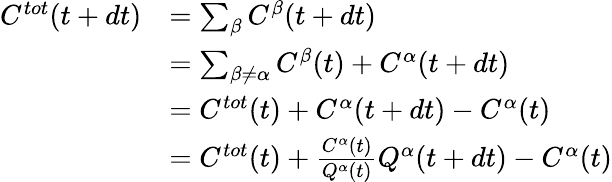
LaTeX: \begin{array}{rl}{C^{tot}(t+dt)}&{=\sum_{\beta}C^{\beta}(t+dt)}\\ &{=\sum_{\beta\neq\alpha}C^{\beta}(t)+C^{\alpha}(t+dt)}\\ &{=C^{tot}(t)+C^{\alpha}(t+dt)-C^{\alpha}(t)}\\ &{=C^{tot}(t)+\frac{C^{\alpha}(t)}{Q^{\alpha}(t)}Q^{\alpha}(t+dt)-C^{\alpha}(t)}\end{array}